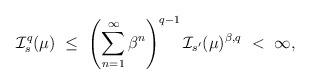
LaTeX: \begin{align*}\mathcal I_s^q(\mu) \ \leq \ \left(\sum_{n=1}^{\infty}\beta^n\right)^{q-1} \mathcal I_{s'}(\mu)^{\beta,q} \ < \ \infty,\end{align*}